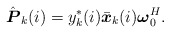
\begin{align*}\hat{\boldsymbol P}_k(i)=y_k^*(i)\bar{\boldsymbol x}_k(i)\boldsymbol\omega_0^H.\end{align*}